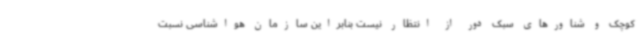
کوچک و شناورهای سبک دور از انتظار نیست بنابراین سازمان هواشناسی نسبت